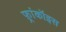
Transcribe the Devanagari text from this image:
फ़्रांकॉइस